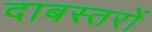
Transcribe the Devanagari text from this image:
दाबस्तरों